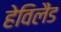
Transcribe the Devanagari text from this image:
हेविलैंड